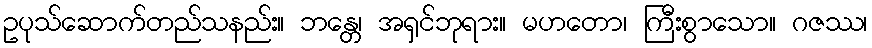
ဥပုသ်ဆောက်တည်သနည်း။ ဘန္တေ၊ အရှင်ဘုရား။ မဟတော၊ ကြီးစွာသော။ ဂဇဿ၊